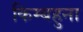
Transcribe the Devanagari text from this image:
किम्बहुना